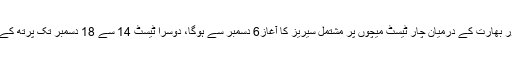
یادرہے کہ آسٹریلیا اور بھارت کے درمیان چار ٹیسٹ میچوں پر مشتمل سیریز کا آغاز6 دسمبر سے ہوگا، دوسرا ٹیسٹ 14 سے 18 دسمبر تک پرتھ کے مقام پر کھیلا جائیگا۔